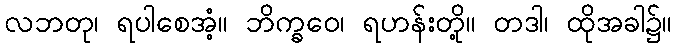
လဘတု၊ ရပါစေအံ့။ ဘိက္ခဝေ၊ ရဟန်းတို့။ တဒါ၊ ထိုအခါ၌။